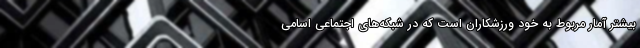
بیشتر آمار مربوط به خود ورزشکاران است که در شبکه‌های اجتماعی اسامی